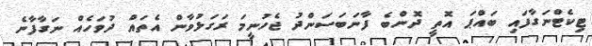
ޓިކެޓްނަގާފައި ބައްޕަ އޮތީ ދޮންބެ ފާނަބަސަންދު ޖެހުނީމަ ރަގަޅުވާން އެތައް ދުވަހެއް ނަގާފާނެ